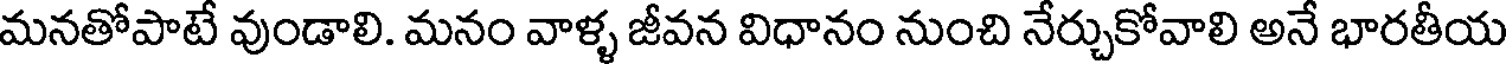
మనతోపాటే వుండాలి. మనం వాళ్ళ జీవన విధానం నుంచి నేర్చుకోవాలి అనే భారతీయ